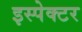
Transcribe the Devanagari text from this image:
इस्पेक्टर